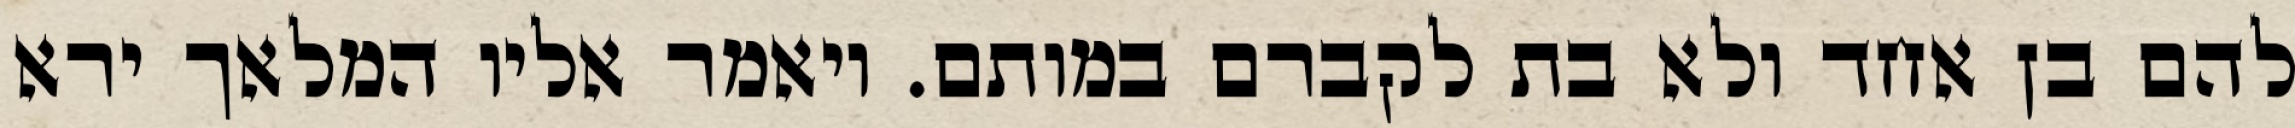
להם בן אחד ולא בת לקברם במותם. ויאמר אליו המלאך ירא